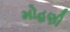
મોહણી